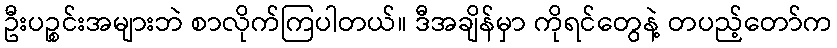
ဦးပဉ္စင်းအများဘဲ စာလိုက်ကြပါတယ်။ ဒီအချိန်မှာ ကိုရင်တွေနဲ့ တပည့်တော်က